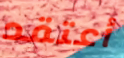
أعتقد